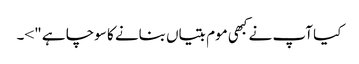
کیا آپ نے کبھی موم بتیاں بنانے کا سوچا ہے ">۔